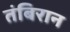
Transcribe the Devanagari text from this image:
तंबिरान